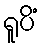
ရူပိံ